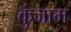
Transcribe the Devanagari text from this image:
कुंजाम